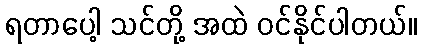
ရတာပေါ့ သင်တို့ အထဲ ဝင်နိုင်ပါတယ်။